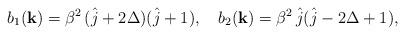
LaTeX: \begin{align*}b_{1}({\bf k})=\beta^{2}\,(\hat{j}+2\Delta)(\hat{j}+1),\quad b_{2}({\bf k})=\beta^{2}\,\hat{j}(\hat{j}-2\Delta+1),\end{align*}